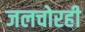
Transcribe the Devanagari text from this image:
जलचोरही